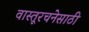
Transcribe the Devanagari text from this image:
वास्तूरचनेसाठी